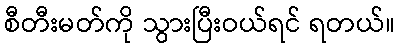
စီတီးမတ်ကို သွားပြီးဝယ်ရင် ရတယ်။